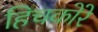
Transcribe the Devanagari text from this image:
हिचकोरे